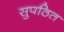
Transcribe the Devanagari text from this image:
सुपठित